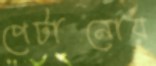
পেটানোয়